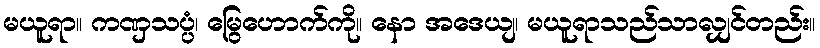
မယူရာ။ ကဏှသပ္ပံ၊ မြွေဟောက်ကို။ နော အဒေယျ၊ မယူရာသည်သာလျှင်တည်း။